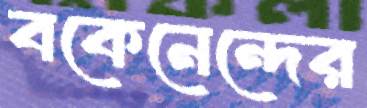
বকেনেন্দের